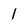
Character: l